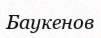
Баукенов